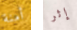
أمنة إثر